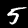
Label: 5